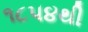
૧૮૫૪થી